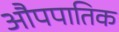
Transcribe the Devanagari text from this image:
औपपातिक